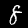
Digit: 8